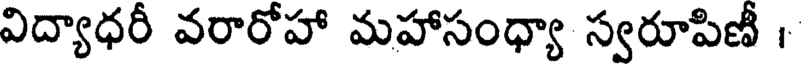
విద్యాధరీ వరారోహా మహాసంధ్యా స్వరూపిణీ ।